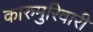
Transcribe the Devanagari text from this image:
कारुमुरिवारी